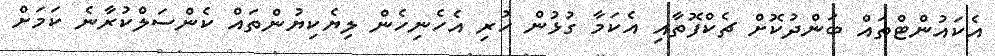
އެކައުންޓްތައް ބަންދުކޮށް ޗެކްފޮތާއި އެކަމާ ގުޅުން ހުރި އެހެނިހެން ލިޔެކިޔުންތައް ކެންސަލްކުރާނެ ކަމަށް